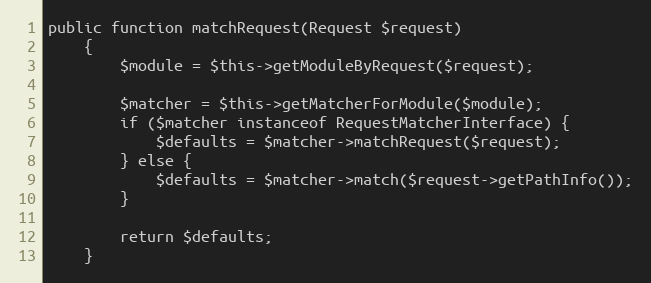
Language: PHP
public function matchRequest(Request $request)
    {
        $module = $this->getModuleByRequest($request);

        $matcher = $this->getMatcherForModule($module);
        if ($matcher instanceof RequestMatcherInterface) {
            $defaults = $matcher->matchRequest($request);
        } else {
            $defaults = $matcher->match($request->getPathInfo());
        }

        return $defaults;
    }